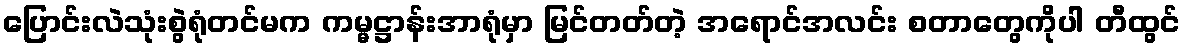
ပြောင်းလဲသုံးစွဲရုံတင်မက ကမ္မဋ္ဌာန်းအာရုံမှာ မြင်တတ်တဲ့ အရောင်အလင်း စတာတွေကိုပါ တီထွင်